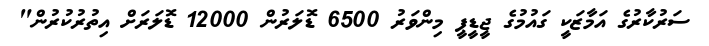
ސަރުކާރުގެ އަމާޒަކީ ގައުމުގެ ޖީޑީޕީ މިންވަރު 6500 ޑޮލަރުން 12000 ޑޮލަރަށް އިތުރުކުރުން"